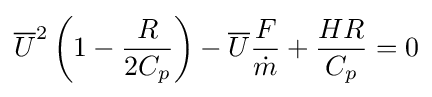
{\overline {U}}^{2}\left({1-{R \over 2C_{p}}}\right)-{\overline {U}}{F \over {\dot {m}}}+{HR \over C_{p}}=0